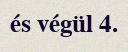
és végül 4.